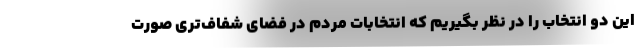
این دو انتخاب را در نظر بگیریم که انتخابات مردم در فضای شفاف‌تری صورت